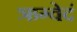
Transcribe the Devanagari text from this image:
ऋग्वेदं